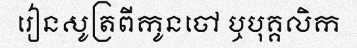
រៀនសូត្រពីកូនចៅ ឬបុគ្គលិក